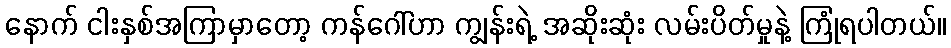
နောက် ငါးနှစ်အကြာမှာတော့ ကန်ဂေါ်ဟာ ကျွန်းရဲ့ အဆိုးဆုံး လမ်းပိတ်မှုနဲ့ ကြုံရပါတယ်။